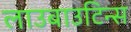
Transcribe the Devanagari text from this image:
लाउबाउटिन्स